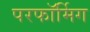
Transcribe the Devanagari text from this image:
परफॉर्मिग